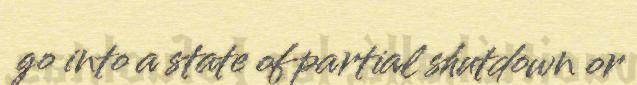
go into a state of partial shutdown or